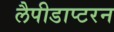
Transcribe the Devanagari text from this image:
लैपीडाप्टरन